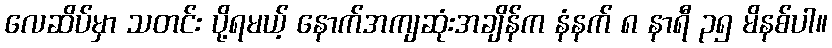
လေဆိပ်မှာ သတင်း ပို့ရမယ့် နောက်အကျဆုံးအချိန်က နံနက် ၈ နာရီ ၃၅ မိနစ်ပါ။